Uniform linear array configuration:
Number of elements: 24
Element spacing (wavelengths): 0.75
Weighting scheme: cosine
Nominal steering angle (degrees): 30
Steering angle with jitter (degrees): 28.313
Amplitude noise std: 0.05
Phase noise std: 0.05

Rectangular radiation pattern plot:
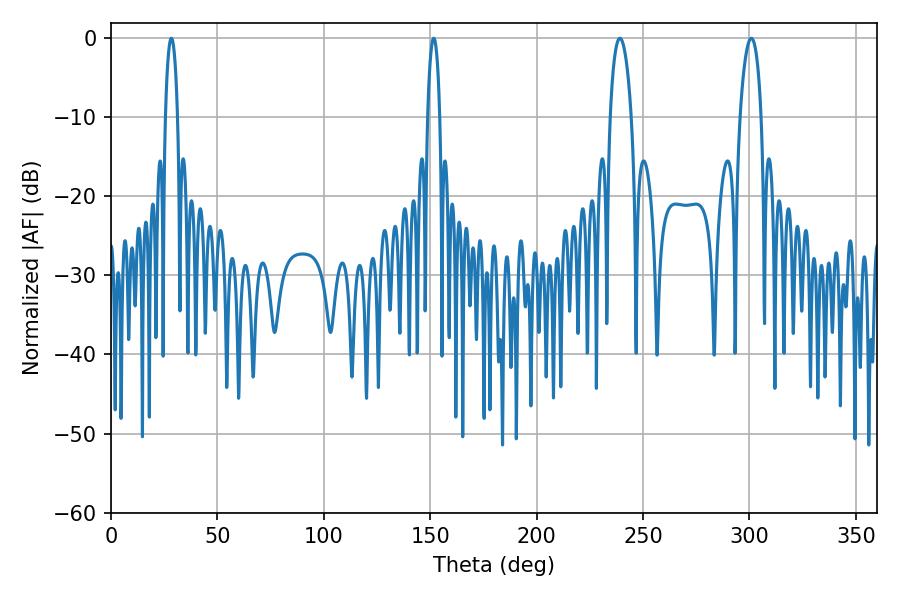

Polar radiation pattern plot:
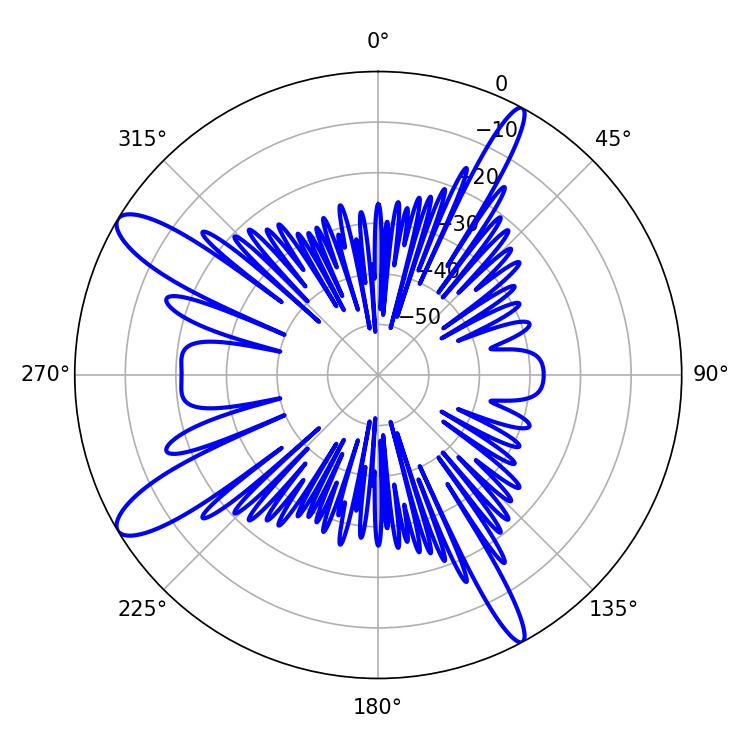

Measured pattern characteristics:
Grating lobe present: TRUE
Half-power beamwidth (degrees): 5.58
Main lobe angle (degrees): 300.96